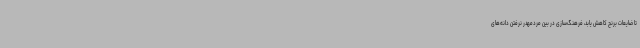
تا ضایعات برنج کاهش یابد، فرهنگ‌سازی در بین مردمهدر نرفتن دانه‌های